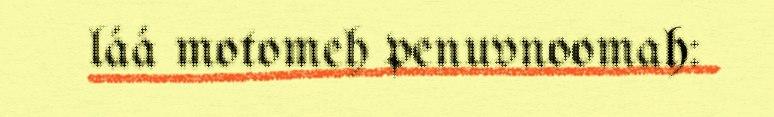
láá motomeh penuvnoomah: